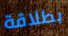
بطلاقة